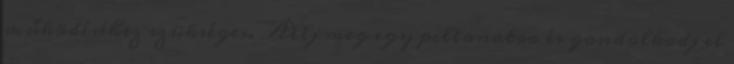
működéséhez szükséges. Állj meg egy pillanatra és gondolkodj el